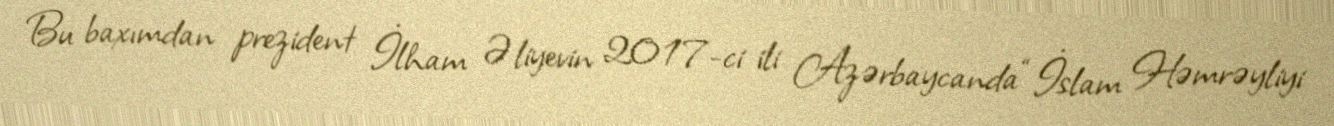
Bu baxımdan prezident İlham Əliyevin 2017-ci ili Azərbaycanda “İslam Həmrəyliyi